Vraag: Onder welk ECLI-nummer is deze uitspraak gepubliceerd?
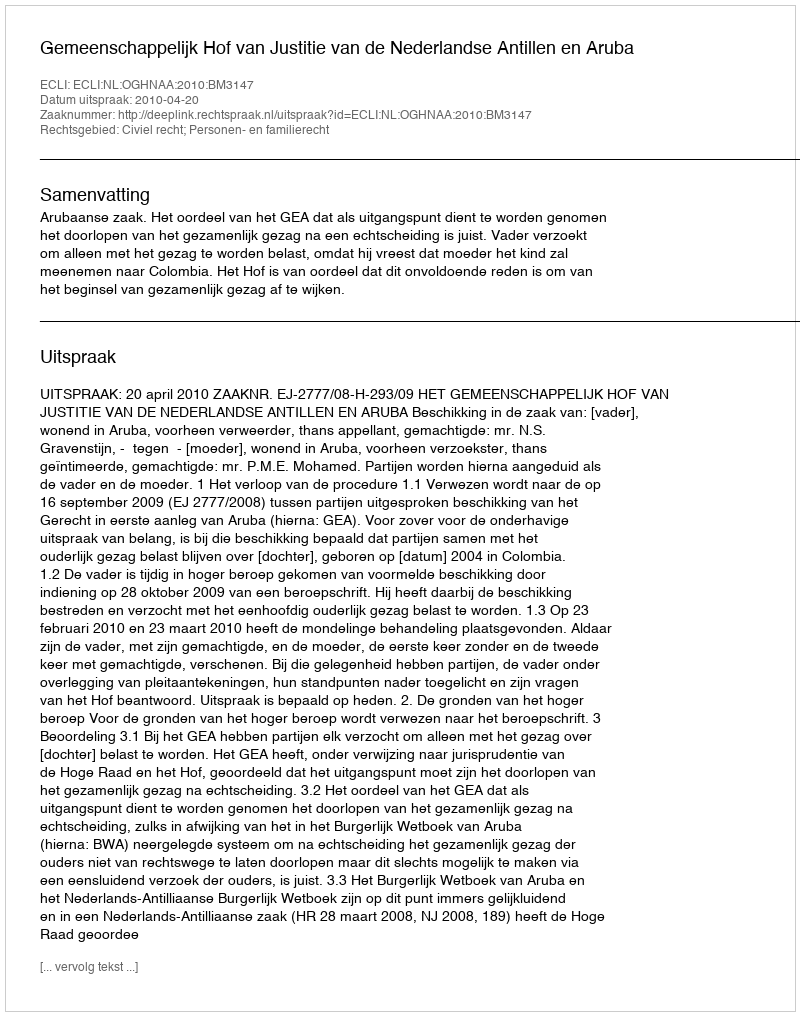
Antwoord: ECLI:NL:OGHNAA:2010:BM3147